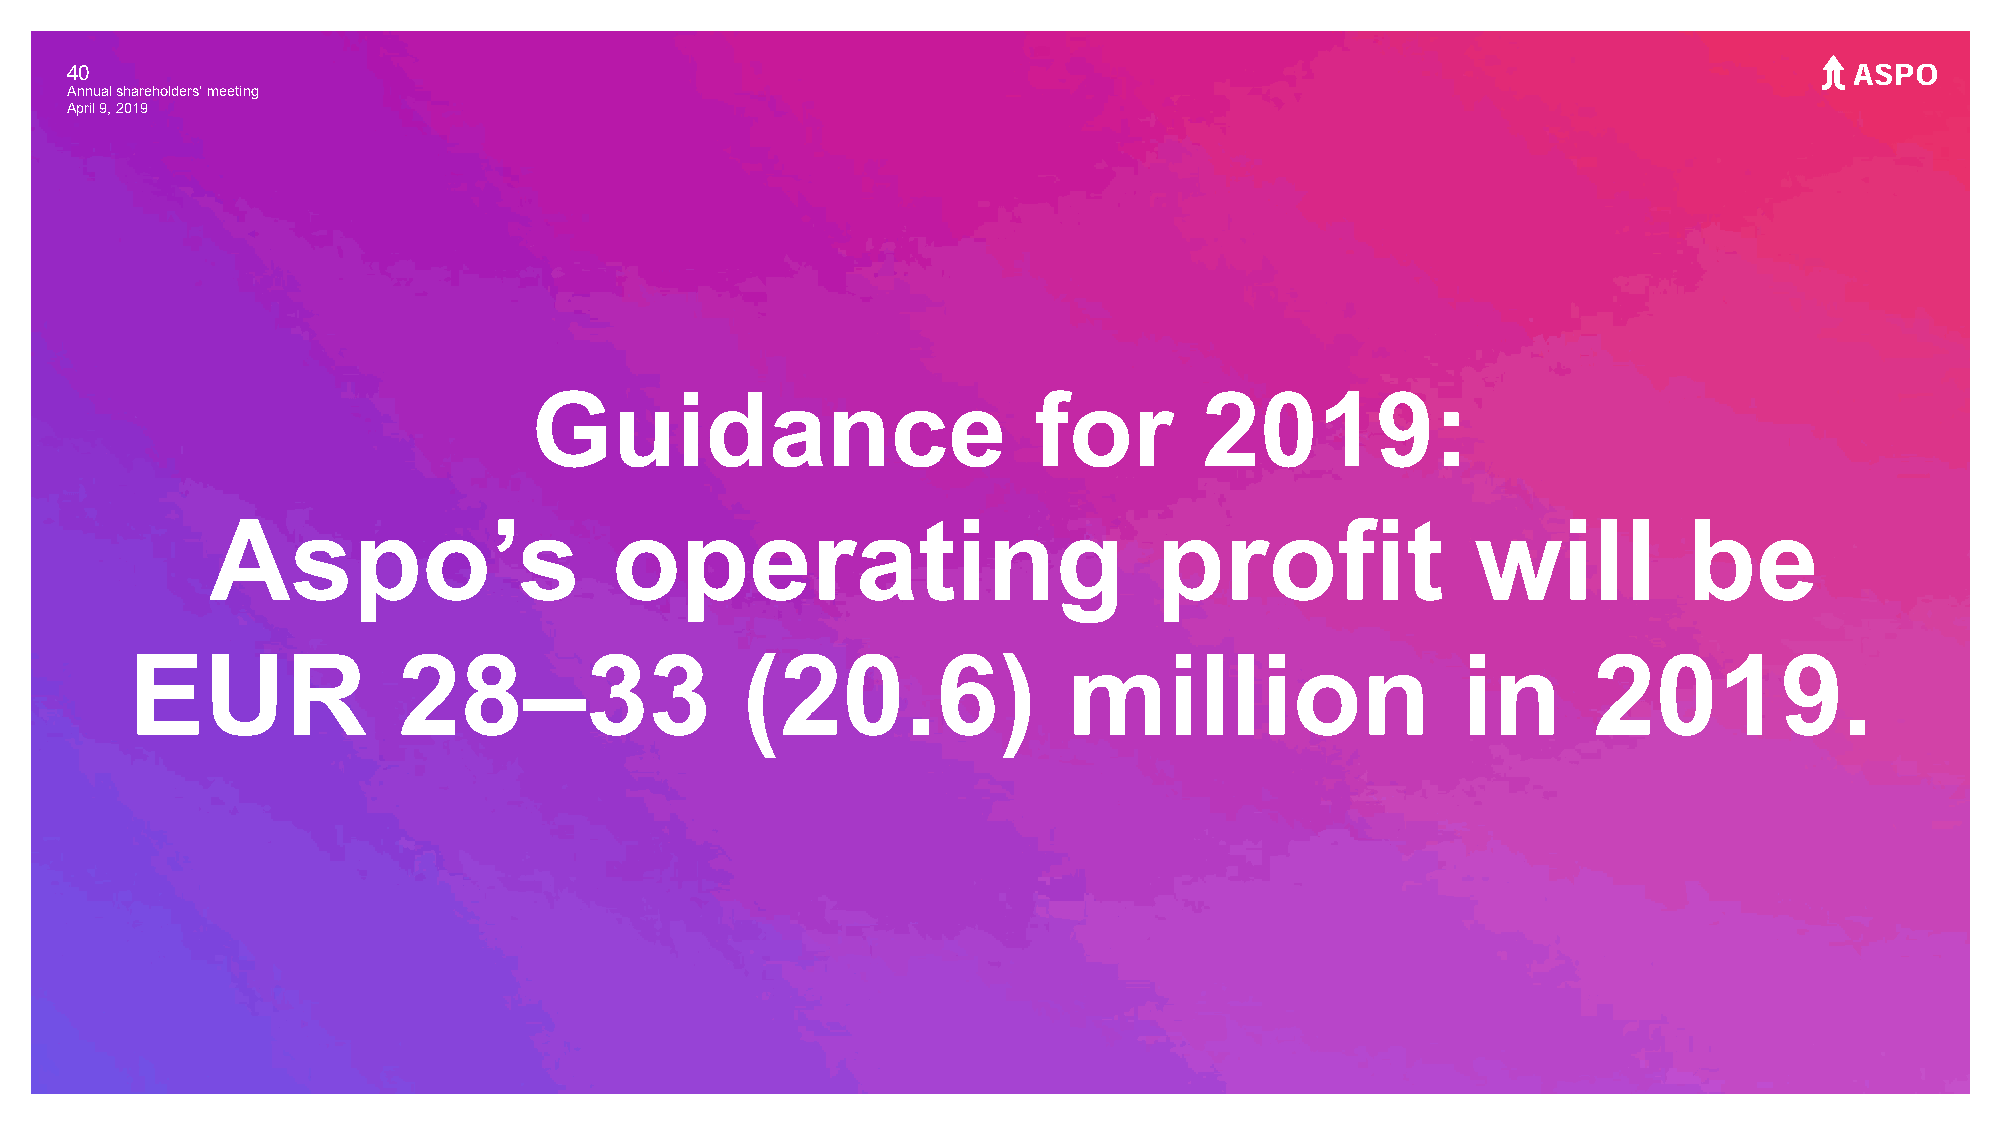
40
 Annual shareholders' meeting
 April 9, 2019
 Guidance                         for         2019:
 Aspo’s                    operating                           profit                will          be
 EUR              28–33                  (20.6)                million                   in      2019.